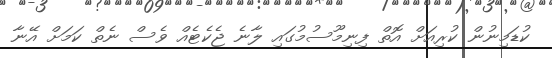
ކުޑަމިނުން ކުރިއަށް އޮތް ފިނިމޫސުމުގައި ލާނެ ޖެކެޓެއް ވެސް ނެތް ކަމަށް އޭނާ